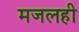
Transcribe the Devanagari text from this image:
मजलही